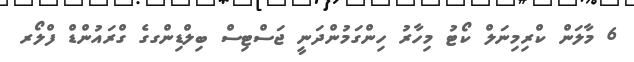
6 މާލަން ކްރިމިނަލް ކޯޓު މިހާރު ހިންގަމުންދަނީ ޖަސްޓިސް ބިލްޑިންގގެ ގްރައުންޑް ފްލޯރ